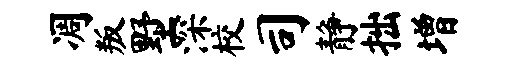
凋叛墅深校司静拙增